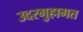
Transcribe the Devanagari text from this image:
उदरगुहागत